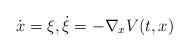
LaTeX: \begin{align*}\dot{x}=\xi,\dot{\xi}=-\nabla_x V(t,x)\end{align*}